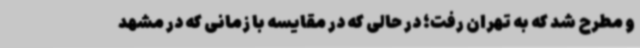
و مطرح شد که به تهران رفت؛ در حالی که در مقایسه با زمانی که در مشهد